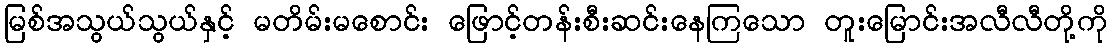
မြစ်အသွယ်သွယ်နှင့် မတိမ်းမစောင်း ဖြောင့်တန်းစီးဆင်းနေကြသော တူးမြောင်းအလီလီတို့ကို